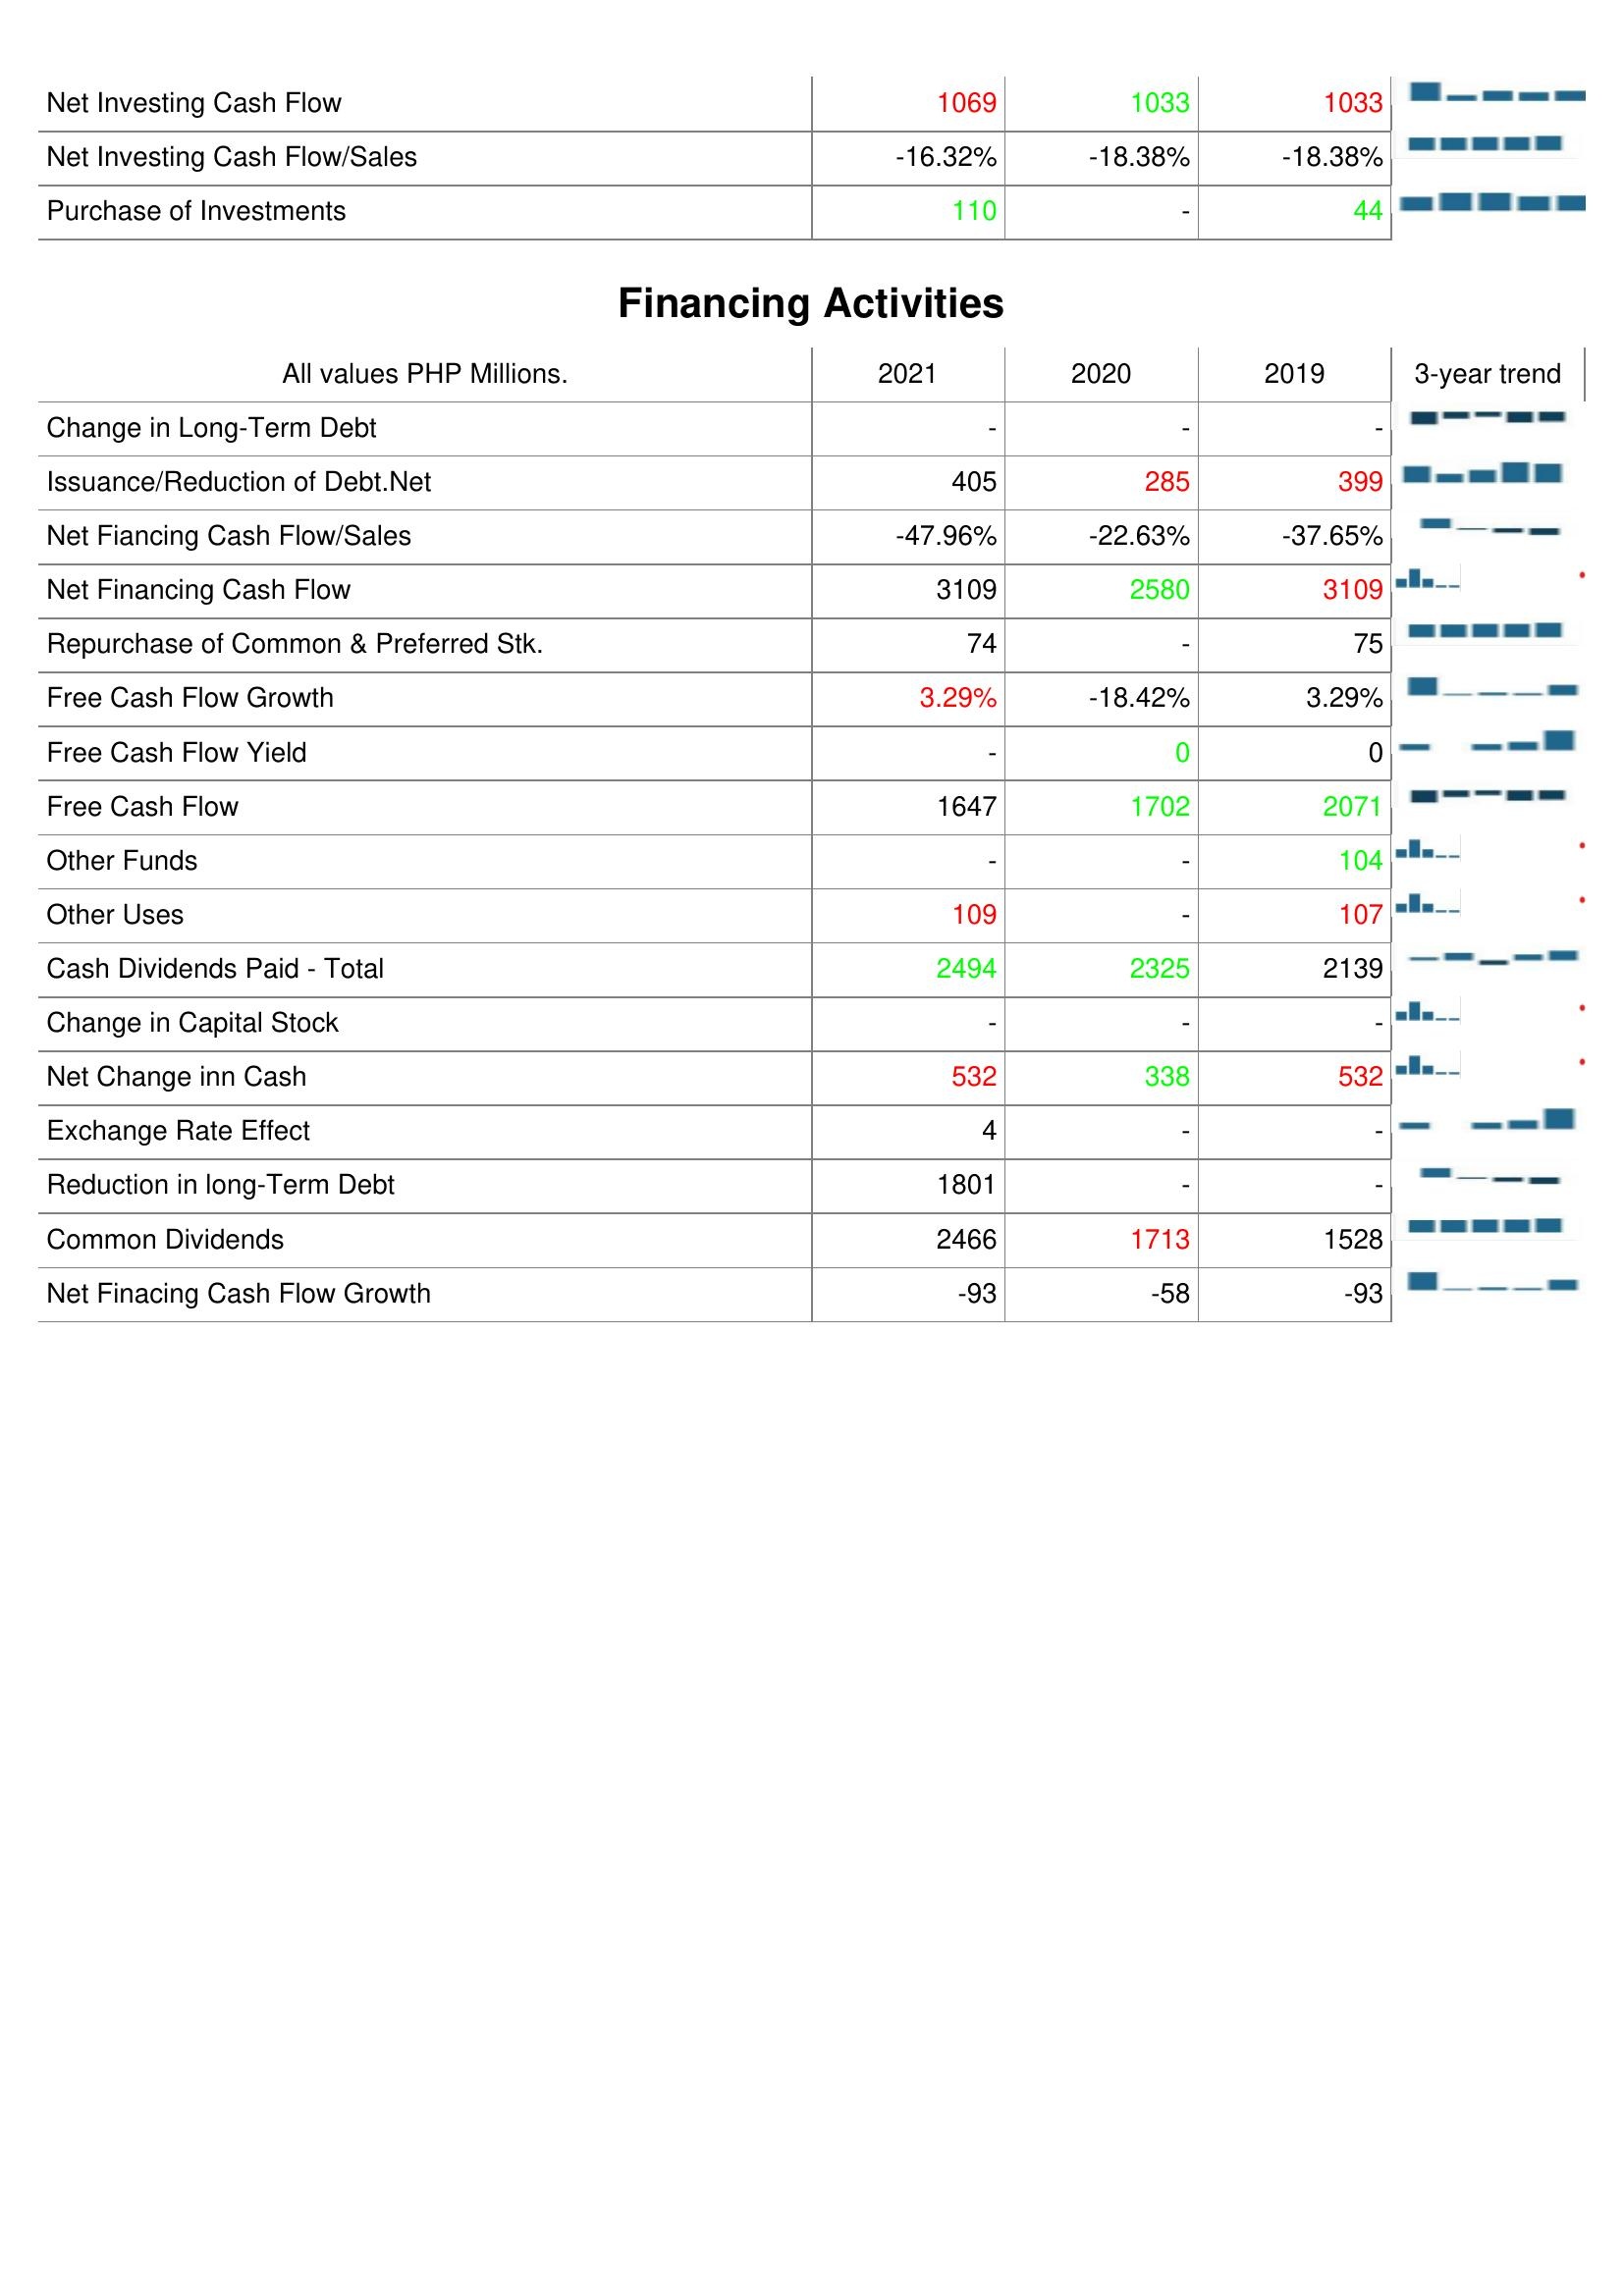
2021: Investing Activities: Net Investing Cash Flow: 1069
Net Investing Cash Flow/Sales: -16.32%
Purchase of Investments: 110
Financing Activities: Change in Long-Term Debt: -
Issuance/Reduction of Debt.Net: 405
Net Fiancing Cash Flow/Sales: -47.96%
Net Financing Cash Flow: 3109
Repurchase of Common & Preferred Stk.: 74
Free Cash Flow Growth: 3.29%
Free Cash Flow Yield: -
Free Cash Flow: 1647
Other Funds: -
Other Uses: 109
Cash Dividends Paid - Total: 2494
Change in Capital Stock: -
Net Change inn Cash: 532
Exchange Rate Effect: 4
Reduction in long-Term Debt: 1801
Common Dividends: 2466
Net Finacing Cash Flow Growth: -93
2020: Investing Activities: Net Investing Cash Flow: 1033
Net Investing Cash Flow/Sales: -18.38%
Purchase of Investments: -
Financing Activities: Change in Long-Term Debt: -
Issuance/Reduction of Debt.Net: 285
Net Fiancing Cash Flow/Sales: -22.63%
Net Financing Cash Flow: 2580
Repurchase of Common & Preferred Stk.: -
Free Cash Flow Growth: -18.42%
Free Cash Flow Yield: 0
Free Cash Flow: 1702
Other Funds: -
Other Uses: -
Cash Dividends Paid - Total: 2325
Change in Capital Stock: -
Net Change inn Cash: 338
Exchange Rate Effect: -
Reduction in long-Term Debt: -
Common Dividends: 1713
Net Finacing Cash Flow Growth: -58
2019: Investing Activities: Net Investing Cash Flow: 1033
Net Investing Cash Flow/Sales: -18.38%
Purchase of Investments: 44
Financing Activities: Change in Long-Term Debt: -
Issuance/Reduction of Debt.Net: 399
Net Fiancing Cash Flow/Sales: -37.65%
Net Financing Cash Flow: 3109
Repurchase of Common & Preferred Stk.: 75
Free Cash Flow Growth: 3.29%
Free Cash Flow Yield: 0
Free Cash Flow: 2071
Other Funds: 104
Other Uses: 107
Cash Dividends Paid - Total: 2139
Change in Capital Stock: -
Net Change inn Cash: 532
Exchange Rate Effect: -
Reduction in long-Term Debt: -
Common Dividends: 1528
Net Finacing Cash Flow Growth: -93